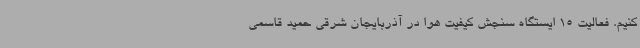
کنیم. فعالیت 15 ایستگاه سنجش کیفیت هوا در آذربایجان شرقی حمید قاسمی